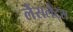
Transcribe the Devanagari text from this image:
लैंसलेट्स